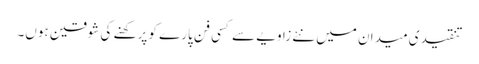
تنقیدی میدان میں نئے زاویے سے کسی فن پارے کو پرکھنے کی شوقین ہوں۔